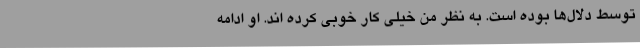
توسط دلال‌ها بوده است. به نظر من خیلی کار خوبی کرده اند. او ادامه